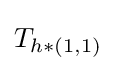
T_{h*(1,1)}